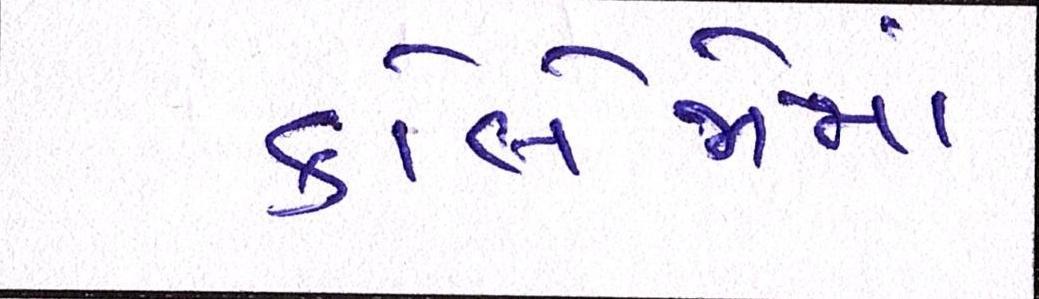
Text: કોલેજોમાં